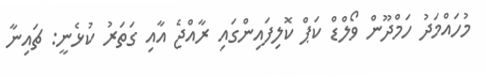
މުހައްމަދު ހަމްދޫން ވޯލްޑް ކަޕް ކޮލިފައިންގައި ރާއްޖެ އާއި ގަތަރު ކުޅެނީ: ޗައިނާ